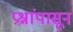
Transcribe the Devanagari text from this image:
प्रश्नांपासून